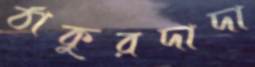
ঠাকুরদাদা